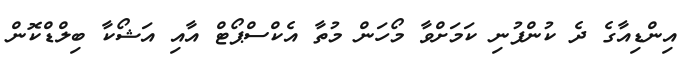
އިންޑިއާގެ ދެ ކުންފުނި ކަމަށްވާ މޯހަން މުތާ އެކްސްޕޯޓް އާއި އަޝޯކާ ބިލްޑްކޮން